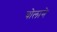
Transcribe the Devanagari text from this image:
चोलाने